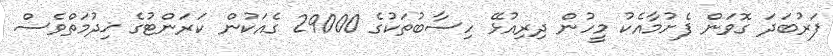
ފަރުބަދަ ގޮވަން ފެށުމާއެކު މީހުން ދިރިއުޅޭ ހިސާބުތަކުގެ 29000 ގެއަކުން ކަރަންޓުގެ ޚިދުމަތްވެސް